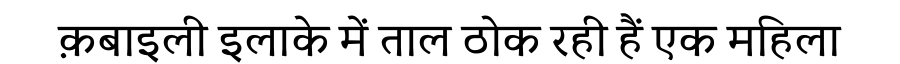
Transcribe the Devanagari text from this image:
क़बाइली इलाके में ताल ठोक रही हैं एक महिला